Indian journal of veterinary science and animal husbandry - Volumes 15-17, 1948-1951
Year: 1948
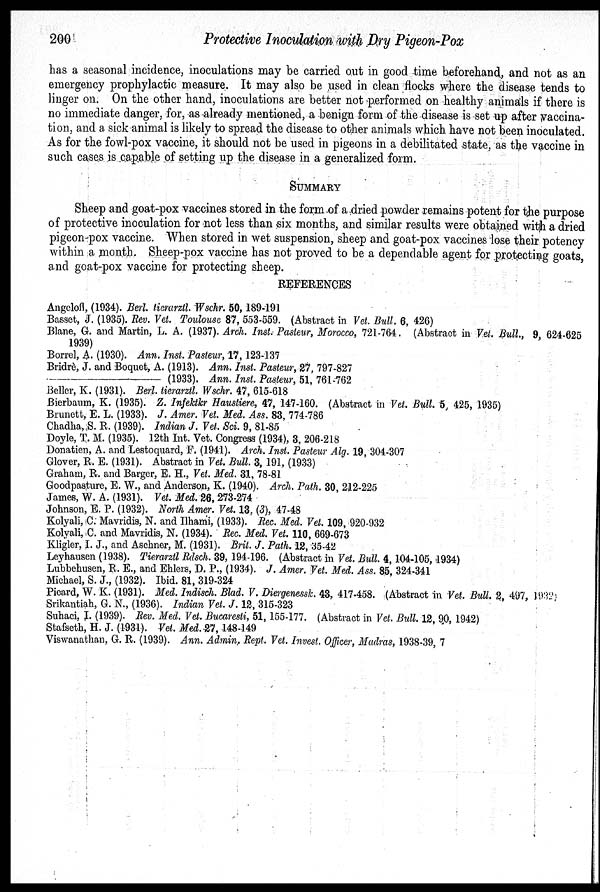
200
Protective Inoculation with Dry Pigeon-Pox
has a seasonal incidence, inoculations may be carried out in good time beforehand, and not as an
emergency prophylactic measure. It may also be used in clean flocks where the disease tends to
linger on. On the other hand, inoculations are better not performed on healthy animals if there is
no immediate danger, for, as already mentioned, a benign form of the disease is set up after vaccina-
tion, and a sick animal is likely to spread the disease to other animals which have not been inoculated.
As for the fowl-pox vaccine, it should not be used in pigeons in a debilitated state, as the vaccine in
such cases is capable of setting up the disease in a generalized form.
SUMMARY
Sheep and goat-pox vaccines stored in the form of a dried powder remains potent for the purpose
of protective inoculation for not less than six months, and similar results were obtained with a dried
pigeon-pox vaccine. When stored in wet suspension, sheep and goat-pox vaccines lose their potency
within a month. Sheep-pox vaccine has not proved to be a dependable agent for protecting goats,
and goat-pox vaccine for protecting sheep.
REFERENCES
Angelofl, (1934). Berl. tierarztl. Wschr. 50,189-191
Basset, J. (1935). Rev. Vet. Toulouse 87, 553-559. (Abstract in Vet. Bull. 6, 426)
Blane, G. and Martin, L. A. (1937). Arch. Inst. Pasteur, Morocco, 721-764. (Abstract in Vet. Bull., 9 624-625
1939)
Borrel, A. (1930). Ann. Inst. Pasteur, 17, 123-137
Bridrè, J. and Boquet, A. (1913). Ann. Inst. Pasteur, 27, 797-827
—(1933).
Ann. Inst. Pasteur, 51, 761-762
Beller, K. (1931). Berl. tierarztl. Wschr. 47, 615-618
Bierbaum, K. (1935). Z. Infektkr Haustiere, 47, 147-160. (Abstract in Vet. Bull. 5, 425, 1935)
Brunett, E. L. (1933). J. Amer. Vet. Med. Ass. 83, 774-786
Chadha, ,S. R. (1939). Indian J. Vet. Sci. 9, 81-85
Doyle, T. M. (1935). 12th Int. Vet. Congress (1934), 3, 206-218
Donation, A. and Lestoquard, F. (1941). Arch. Inst. Pasteur Alg. 19, 304-307
Glover, R. E. (1931). Abstract in Vet. Bull. 3, 191, (1933)
Graham, R. and Barger, E. H., Vet. Med. 31, 78-81
Goodpasture, E. W., and Anderson, K. (1940). Arch. Path. 30, 212-225
James, W. A. (1931). Vet. Med. 26, 273-274
Johnson, E. P. (1932). North Amer. Vet. 13. (3), 47-48
Kolyali, C. Mavridis, N. and Ilhami, (1933). Rec. Med. Vet. 109, 920-932
Kolyali, C. and Mavridis, N. (1934). Rec. Med. Vet. 110, 669-673
Kligler, I. J., and Aschner, M. (1931). Brit. J. Path. 12, 35-42
Leyhausen (1938). Tierarztl Rdsch. 39, 194-196. (Abstract in Vet. Bull. 4,104-105, 1934)
Lubbehusen, R. E., and Ehlers, D. P., (1934). J. Amer. Vet. Med. Ass. 85, 324-341
Michael, S. J., (1932). Ibid. 81, 319-324
Picard, W. K. (1931). Med. Indisch. Blad. V. Diergenessk. 43, 417-458. (Abstract in Vet. Bull. 2, 497, 1932)
Srikantiah, G. N., (1936). Indian Vet. J. 12, 315-323
Suhaci, I. (1939). Rev. Med. Vet. Bucaresti, 51, 155-177. (Abstract in Vet. Bull. 12, 90, 1942)
Stafseth, H. J. (1931). Vet. Med. 27, 148-149
Viswanathan, G. R. (1939). Ann. Admin. Rept. Vet. Invest. Officer, Madras, 1938-39, 7